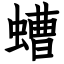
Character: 螬